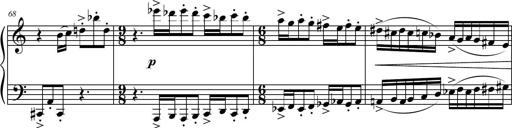
Title: Petite Sonatine
Composer: Richard St. Clair